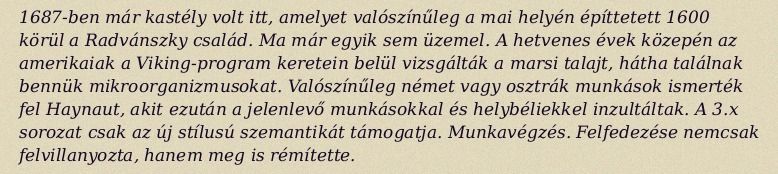
1687-ben már kastély volt itt, amelyet valószínűleg a mai helyén építtetett 1600 körül a Radvánszky család. Ma már egyik sem üzemel. A hetvenes évek közepén az amerikaiak a Viking-program keretein belül vizsgálták a marsi talajt, hátha találnak bennük mikroorganizmusokat. Valószínűleg német vagy osztrák munkások ismerték fel Haynaut, akit ezután a jelenlevő munkásokkal és helybéliekkel inzultáltak. A 3.x sorozat csak az új stílusú szemantikát támogatja. Munkavégzés. Felfedezése nemcsak felvillanyozta, hanem meg is rémítette.